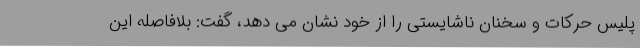
پلیس حرکات و سخنان ناشایستی را از خود نشان می دهد، گفت: بلافاصله این